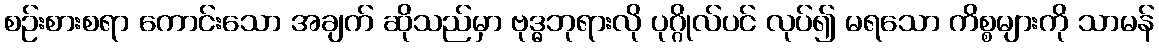
စဉ်းစားစရာ ကောင်းသော အချက် ဆိုသည်မှာ ဗုဒ္ဓဘုရားလို ပုဂ္ဂိုလ်ပင် လုပ်၍ မရသော ကိစ္စများကို သာမန်